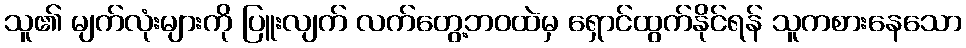
သူ၏ မျက်လုံးများကို ပြူးလျက် လက်တွေ့ဘဝထဲမှ ရှောင်ထွက်နိုင်ရန် သူကစားနေသော